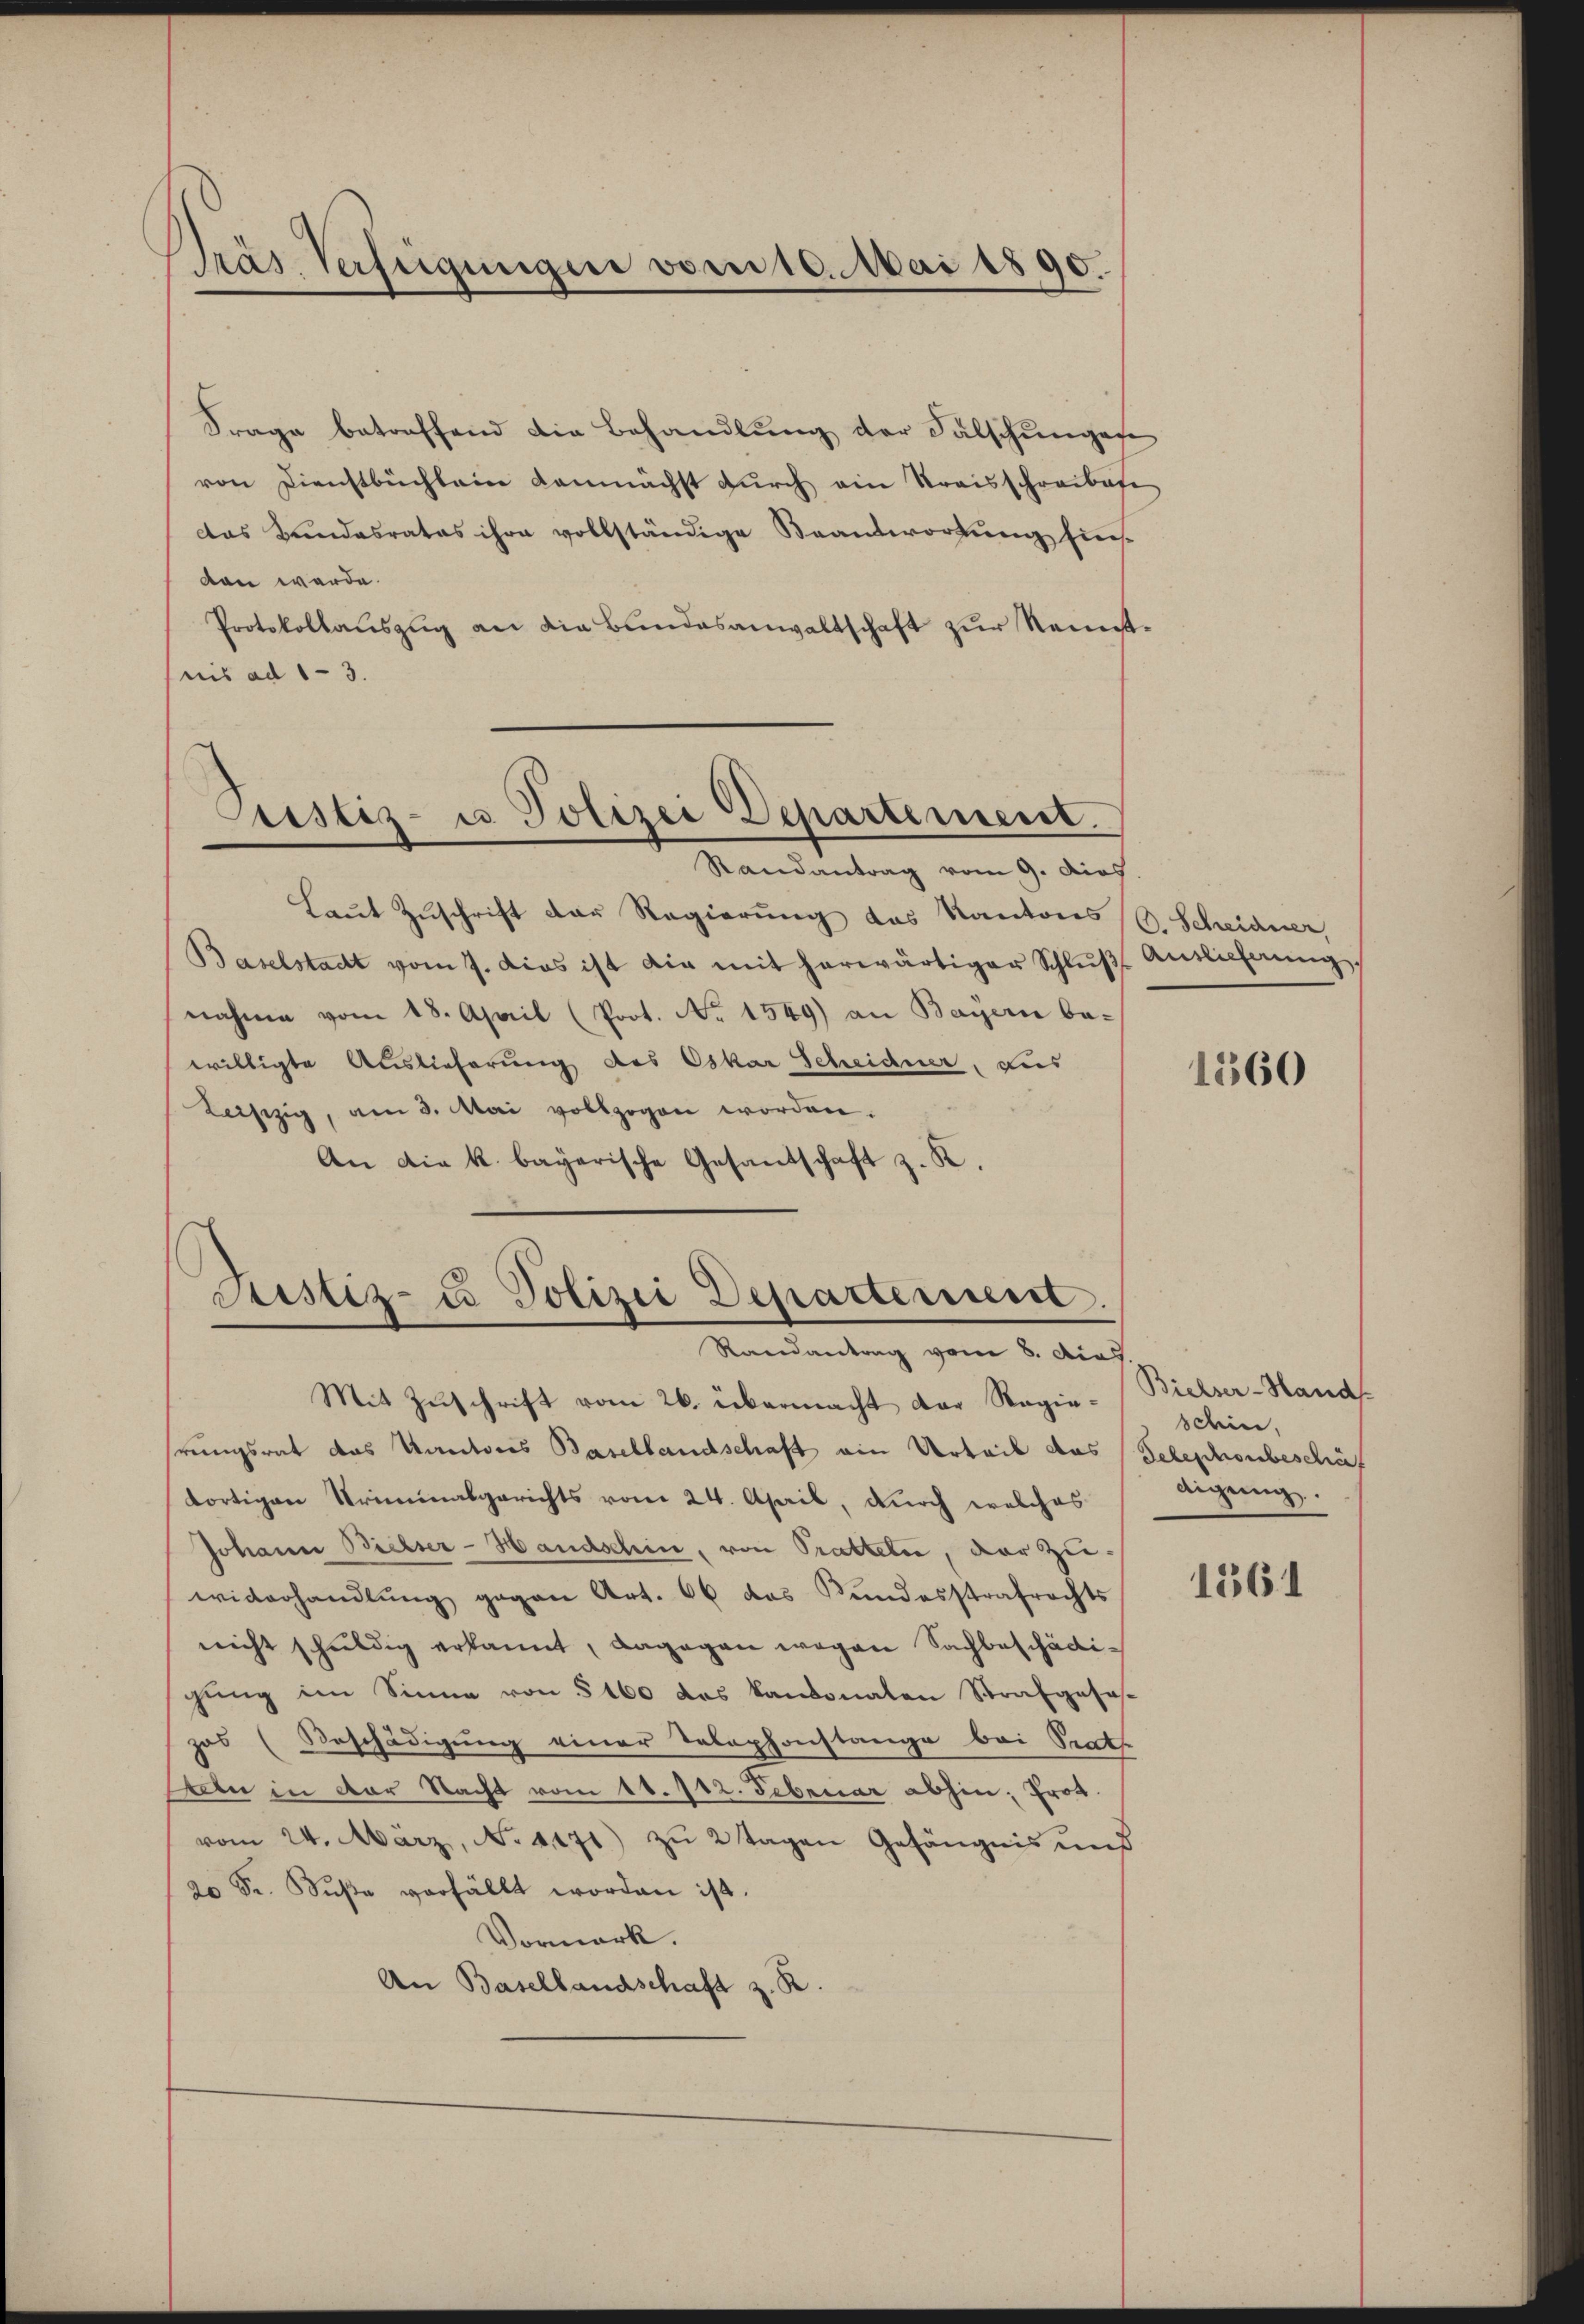
Präs. Verfügungen vom 10. Mai 1890.

Frage betreffend die Behandlung der Fälschungen
von Dienstbüchlein demnächst durch ein Kreisschreibese
das Bundesrates ihre vollständige Beantwortung sich
den werde.
Protokollauszug an die Bundesanwaltschaft zur Kenntnis ad 1-3.
Justiz- u Polizei Departement.
Randantrag vom 9. dies
Laut Zuschrift der Regierung des Kantons C. Scheidner,
Baselstadt vom 7. Das ist die mit herwärtiger Schlŭβ Antlicherung
nahme vom 18. April (Prot. No 1569) an Bayern be-
willigte Auslieferung des Oskar Scheidner, dies
Laiszig, am 3. Mai vollzogen worden.
An die k. bayerische Gesandschaft z. R.

Justiz- u Polizei Departement.
Randantrag vom 8. dies.

Mit Zuschrift vom 26. übermacht der Regiehrungsrat das Kantores Basellandschaft ein Urteil das Telephonbeschäf
dortigen Kriminalgerichts vom 24. April, durch welches
Johann Bielser-Handschin, von Pratteln, der Zu-
widerhandlung gegen Art. 66 das Kundesstrafrechts
nicht schuldig erkannt, dagegen wegen Sachbeschädigung im Sinne von § 160 das kantonalen Strafgesezas (Beschädigung einer Telephonstange bei Trath
Ueber in der Nacht vom 11. 112. Februar abhin; Frot.
vom 24. März, No. 4471) zu 2 Tagen Gefängnis und
20 Fr. Bŭβe verfällt worden ist.
Vormerk.
An Basellandschaft z. R.

1360

Bielser-Hand
sdin,
digung.

1561